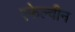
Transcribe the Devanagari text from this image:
एफेल्वीन